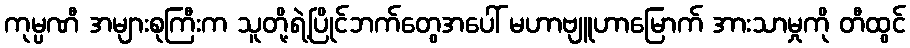
ကုမ္ပဏီ အများစုကြီးက သူတို့ရဲ့ပြိုင်ဘက်တွေအပေါ် မဟာဗျူဟာမြောက် အားသာမှုကို တီထွင်